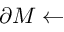
\partial M \gets